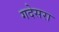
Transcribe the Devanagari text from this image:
गदेसरा